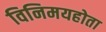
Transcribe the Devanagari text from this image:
विनिमयहोता